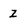
Character: Z